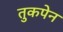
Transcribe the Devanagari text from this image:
तुकपेन